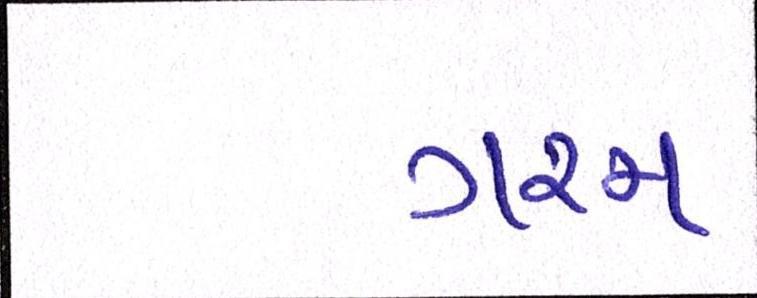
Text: ગરમ